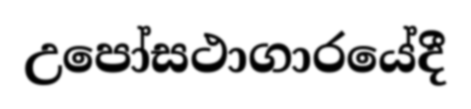
උපෝසථාගාරයේදී